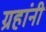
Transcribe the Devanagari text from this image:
ग्रहांनी